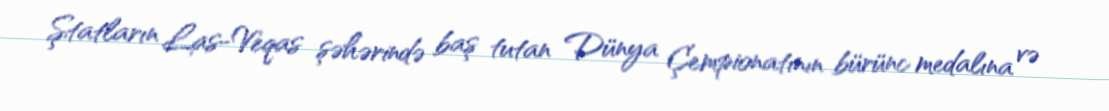
Ştatların Las-Veqas şəhərində baş tutan Dünya Çempionatının bürünc medalına və